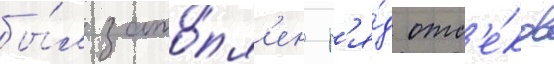
бы́л зато́пл'ен р'я́д отс'е́ков